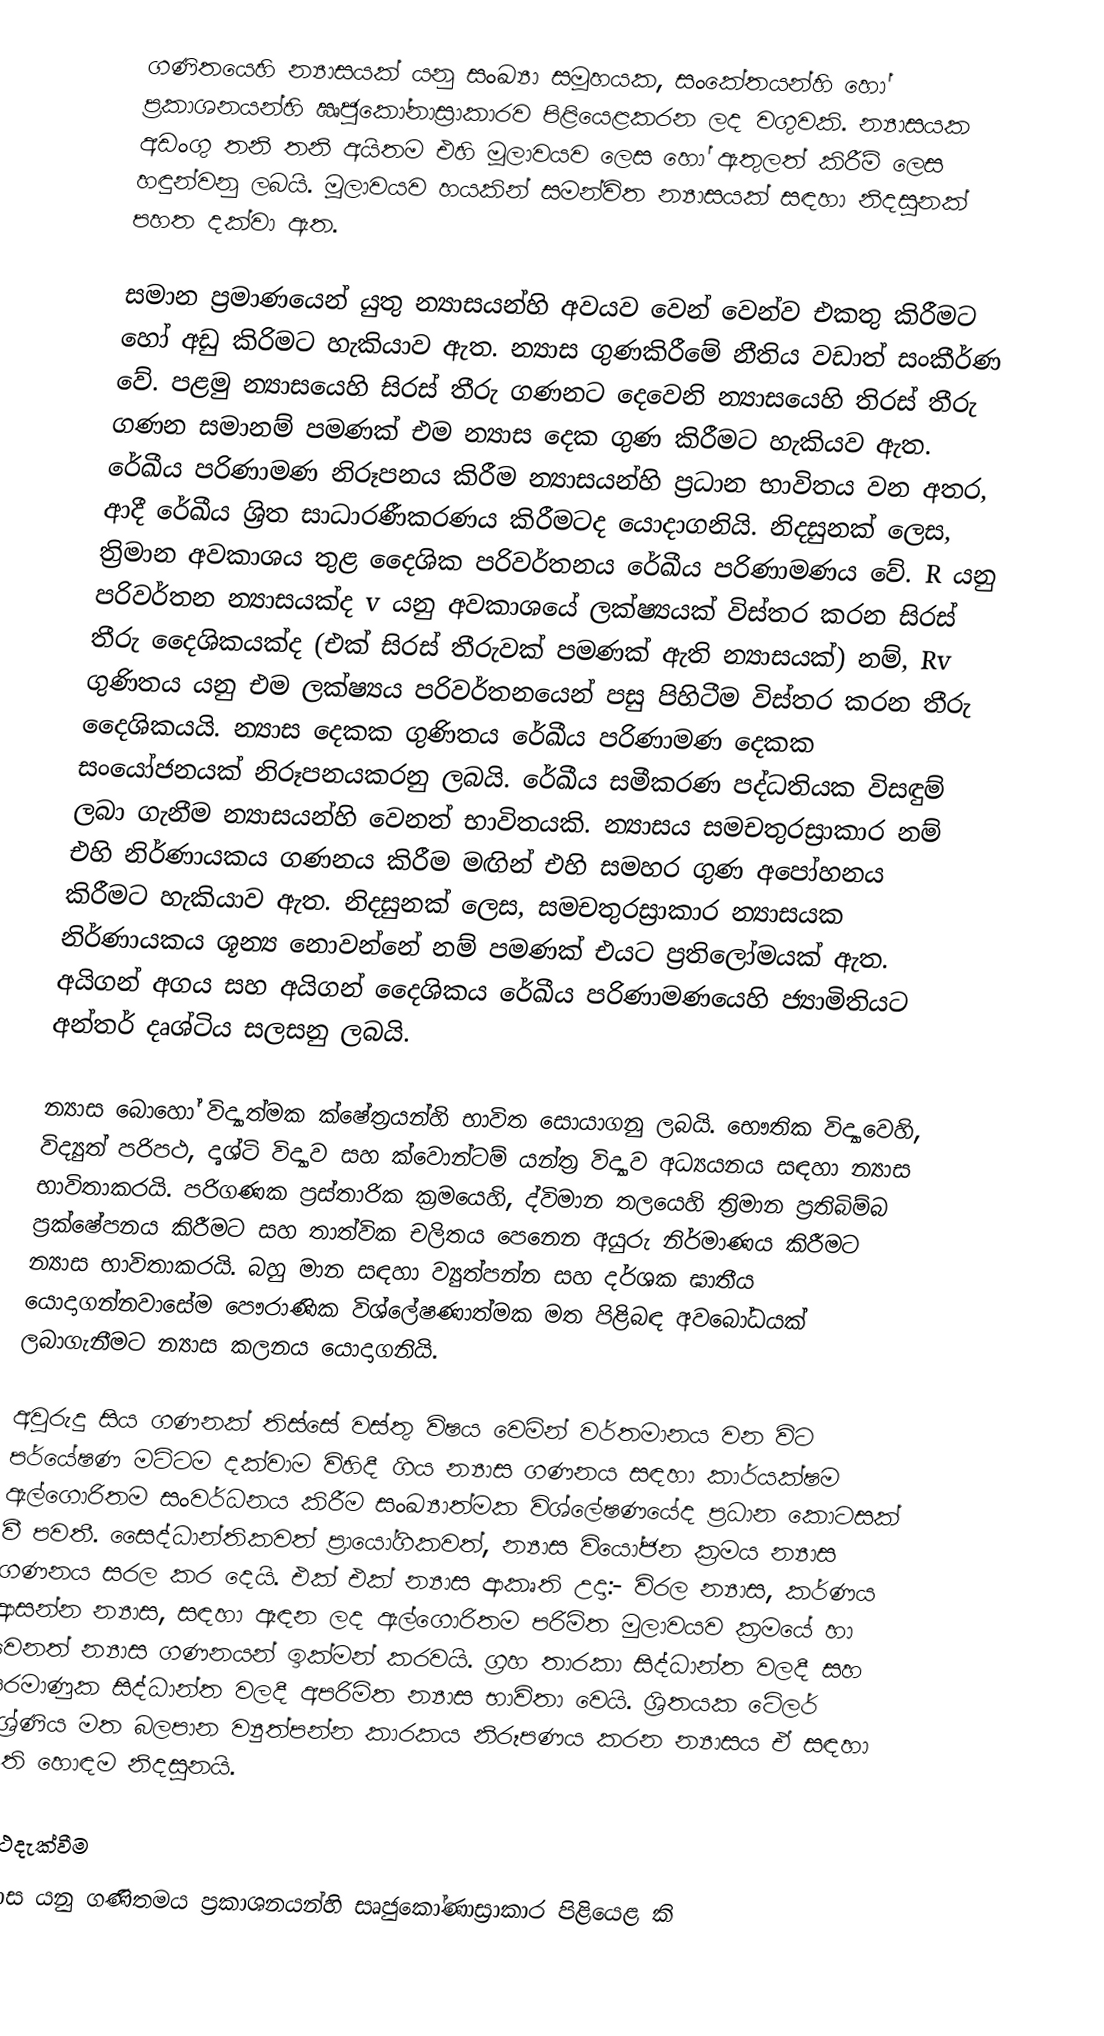
ගණිතයෙහි න්‍යාසයක් යනු සංඛ්‍යා සමූහයක, සංකේතයන්හි හෝ ප්‍රකාශනයන්හි ඍජුකෝනාස්‍රාකාරව පිළියෙළකරන ලද වගුවකි. න්‍යාසයක අඩංගු තනි තනි අයිතම එහි මූලාවයව ලෙස හෝ ඇතුලත් කිරීම් ලෙස හඳුන්වනු ලබයි. මූලාවයව හයකින් සමන්විත න්‍යාසයක් සඳහා නිදසුනක් පහත දක්වා ඇත.

සමාන ප්‍රමාණයෙන් යුතු න්‍යාසයන්හි අවයව වෙන් වෙන්ව එකතු කිරීමට හෝ අඩු කිරිමට හැකියාව ඇත. න්‍යාස ගුණකිරීමේ නීතිය වඩාත් සංකීර්ණ වේ. පළමු න්‍යාසයෙහි සිරස් තීරු ගණනට දෙවෙනි න්‍යාසයෙහි තිරස් තීරු ගණන සමානම් පමණක් එම න්‍යාස දෙක ගුණ කිරීමට හැකියව ඇත. රේඛීය පරිණාමණ නිරූපනය කිරීම න්‍යාසයන්හි ප්‍රධාන භාවිතය වන අතර,  ආදී රේඛීය ශ්‍රිත සාධාරණීකරණය කිරීමටද යොදාගනියි. නිදසුනක් ලෙස, ත්‍රිමාන අවකාශය තුළ දෛශික පරිවර්තනය රේඛීය පරිණාමණය වේ. R යනු පරිවර්තන න්‍යාසයක්ද v යනු අවකාශයේ ලක්ෂ්‍යයක් විස්තර කරන සිරස් තීරු දෛශිකයක්ද (එක් සිරස් තීරුවක් පමණක් ඇති න්‍යාසයක්) නම්, Rv ගුණිතය යනු එම ලක්ෂ්‍යය පරිවර්තනයෙන් පසු පිහිටීම විස්තර කරන තීරු දෛශිකයයි. න්‍යාස දෙකක ගුණිතය රේඛීය පරිණාමණ දෙකක සංයෝජනයක් නිරූපනයකරනු ලබයි. රේඛීය සමීකරණ පද්ධතියක විසඳුම් ලබා ගැනීම න්‍යාසයන්හි වෙනත් භාවිතයකි. න්‍යාසය සමචතුරස්‍රාකාර නම් එහි නිර්ණායකය ගණනය කිරීම මඟින් එහි සමහර ගුණ අපෝහනය කිරීමට හැකියාව ඇත. නිදසුනක් ලෙස, සමචතුරස්‍රාකාර න්‍යාසයක නිර්ණායකය ශූන්‍ය නොවන්නේ නම් පමණක් එයට ප්‍රතිලෝමයක් ඇත. අයිගන් අගය සහ අයිගන් දෛශිකය රේඛීය පරිණාමණයෙහි ජ්‍යාමිතියට අන්තර් දෘශ්ටිය සලසනු ලබයි.

න්‍යාස බොහෝ විද්‍යාත්මක ක්ෂේත්‍රයන්හි භාවිත සොයාගනු ලබයි. භෞතික විද්‍යාවෙහි, විද්‍යුත් පරිපථ, දෘශ්ටි විද්‍යාව සහ ක්වොන්ටම් යන්ත්‍ර  විද්‍යාව අධ්‍යයනය සඳහා න්‍යාස භාවිතාකරයි. පරිගණක ප්‍රස්තාරික ක්‍රමයෙහි, ද්විමාන තලයෙහි ත්‍රිමාන ප්‍රතිබිම්බ ප්‍රක්ෂේපනය කිරීමට සහ තාත්වික චලිතය පෙනෙන අයුරු නිර්මාණය කිරීමට න්‍යාස භාවිතාකරයි. බහු මාන සඳහා ව්‍යුත්පන්න සහ දර්ශක ඝාතීය යොදාගන්නවාසේම පෞරාණික විශ්ලේෂණාත්මක මත පිළිබඳ අවබෝධයක් ලබාගැනීමට න්‍යාස කලනය යොදාගනියි.

අවුරුදු සිය ගණනක් තිස්සේ වස්තු විෂය වෙමින් වර්තමානය වන විට පර්යේෂණ මට්ටම දක්වාම විහිදී ගිය න්‍යාස ගණනය සඳහා කාර්යක්ෂම ඇල්ගොරිතම සංවර්ධනය කිරීම සංඛ්‍යාත්මක විශ්ලේෂණයේද ප්‍රධාන කොටසක් වී පවතී. සෛද්ධාන්තිකවත් ප්‍රායෝගිකවත්, න්‍යාස වියෝජන ක්‍රමය න්‍යාස ගණනය සරල කර දෙයි. එක් එක් න්‍යාස ආකෘති උදා:- විරල න්‍යාස, කර්ණය ආසන්න න්‍යාස, සඳහා ඈඳන ලද ඇල්ගොරිතම පරිමිත මුලාවයව ක්‍රමයේ හා වෙනත් න්‍යාස ගණනයන් ඉක්මන් කරවයි. ග්‍රහ තාරකා සිද්ධාන්ත වලදී සහ පරමාණුක සිද්ධාන්ත වලදී අපරිමිත න්‍යාස භාවිතා වෙයි. ශ්‍රිතයක ටේලර් ශ්‍රේණිය මත බලපාන ව්‍යුත්පන්න කාරකය නිරූපණය කරන න්‍යාසය ඒ සඳහා ඇති හොඳම නිදසුනයි.

අර්ථදැක්වීම
න්‍යාස යනු ගණිතමය ප්‍රකාශනයන්හි සෘජුකෝණාස්‍රාකාර පිළියෙළ කි